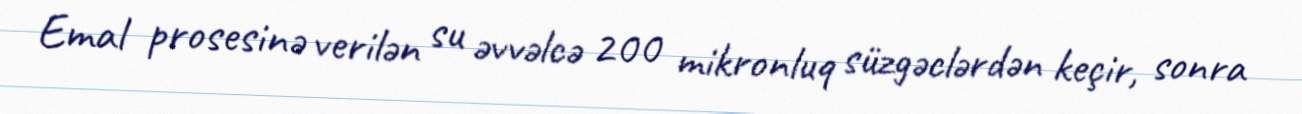
Emal prosesinə verilən su əvvəlcə 200 mikronluq süzgəclərdən keçir, sonra